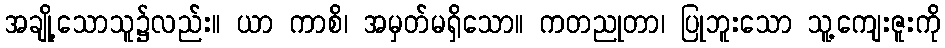
အချို့သောသူ၌လည်း။ ယာ ကာစိ၊ အမှတ်မရှိသော။ ကတညုတာ၊ ပြုဘူးသော သူ့ကျေးဇူးကို